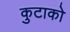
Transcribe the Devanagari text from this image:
कुटाको